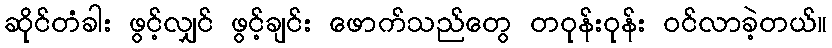
ဆိုင်တံခါး ဖွင့်လျှင် ဖွင့်ချင်း ဖောက်သည်တွေ တဝုန်းဝုန်း ဝင်လာခဲ့တယ်။